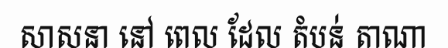
សាសនា នៅ ពេល ដែល តំបន់ តាណា